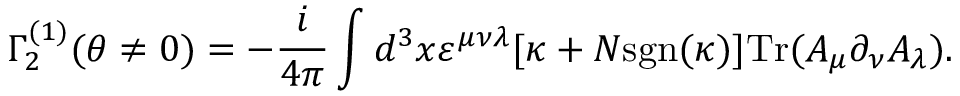
\Gamma _ { 2 } ^ { ( 1 ) } ( \theta \neq 0 ) = - \frac { i } { 4 \pi } \int d ^ { 3 } x \varepsilon ^ { \mu \nu \lambda } [ \kappa + N \mathrm { s g n } ( \kappa ) ] \mathrm { T r } ( A _ { \mu } \partial _ { \nu } A _ { \lambda } ) .